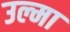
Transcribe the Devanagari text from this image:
उल्मा